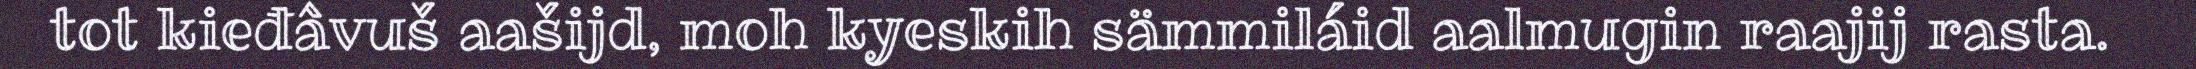
tot kieđâvuš aašijd, moh kyeskih sämmiláid aalmugin raajij rasta.